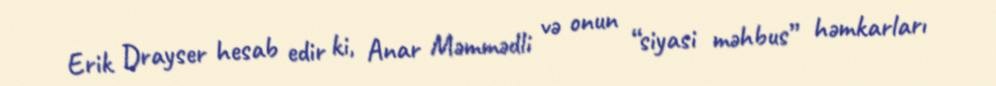
Erik Drayser hesab edir ki, Anar Məmmədli və onun “siyasi məhbus” həmkarları